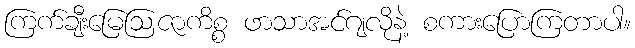
ကြက်ချီးမြေဩဇာကိစ္စ ဖာသာအင်ဂျလိုနဲ့ စကားပြောကြတာပါ။